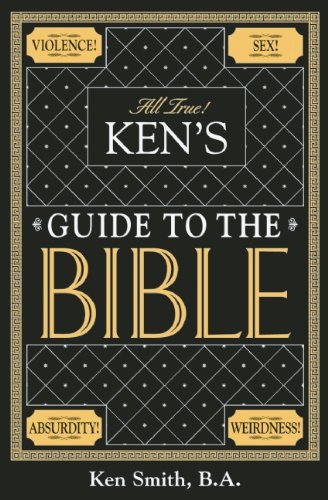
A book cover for Ken's Guide to the Bible; Ken Smith; Humor & Entertainment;